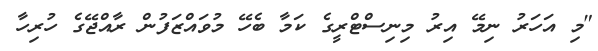
"މި އަހަރު ނިމޭ އިރު މިނިސްޓްރީގެ ކަމާ ބެހޭ މުވައްޒަފުން ރާއްޖޭގެ ހުރިހާ